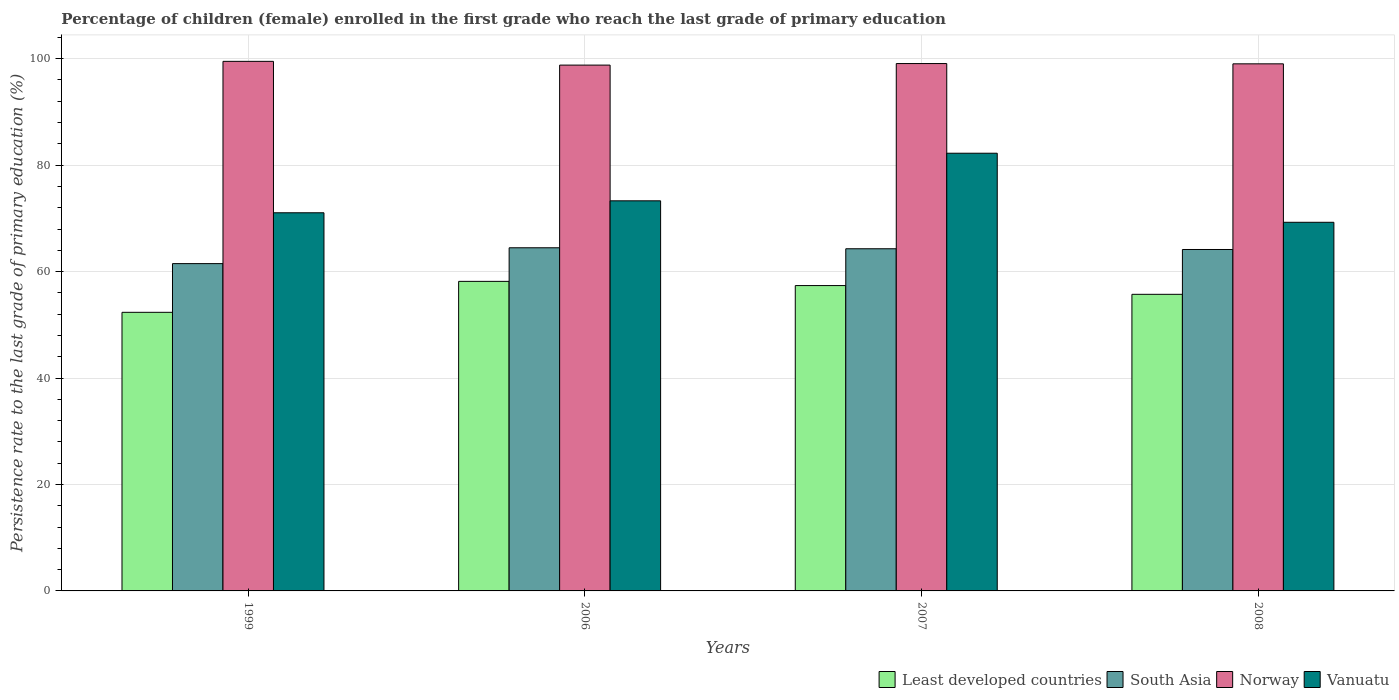
| Years | Least developed countries | South Asia | Norway | Vanuatu |
 | --- | --- | --- | --- | --- |
 | 1999 | 52.3 | 61.5 | 99.5 | 71 |
 | 2006 | 58.2 | 64.5 | 98.8 | 73.3 |
 | 2007 | 57.4 | 64.3 | 99.1 | 82.2 |
 | 2008 | 55.7 | 64.1 | 99 | 69.3 |